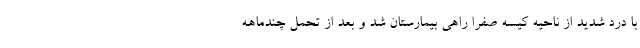
با درد شدید از ناحیه کیسه صفرا راهی بیمارستان شد و بعد از تحمل چندماهه